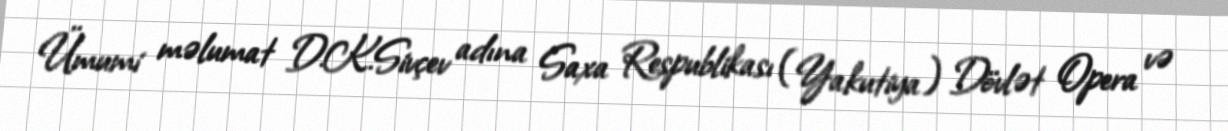
Ümumi məlumat D.K.Sivçev adına Saxa Respublikası (Yakutiya) Dövlət Opera və